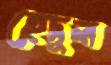
হেদুল